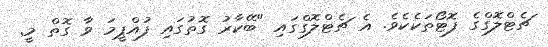
ޗެޓްލޮގްގެ ފޮޓޯތަކެކެވެ. އެ ޗެޓްލޮގްގައި "ބޭކާރު ގޮތުގައި ފުއްޕީމަ ވާ ގޮތް މީ